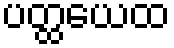
ပတ္ထယေထ